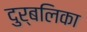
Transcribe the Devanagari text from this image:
दुर्बलिका